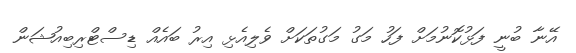
އޭނާ ބުނީ ފަޅުކޮނުމަށް ފަހު މަގު މަގުތަކަށް ވެލިއެޅި އިރު ބައެއް ޑިސްޓްރިބިއުޝަން